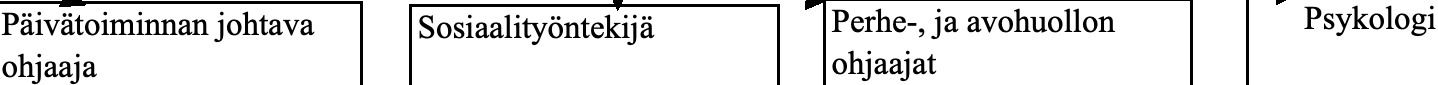
Päivätoiminnan johtava Sosiaalityöntekijä Perhe-, ja avohuollon Psykologi ohjaaja                     ohjaajat